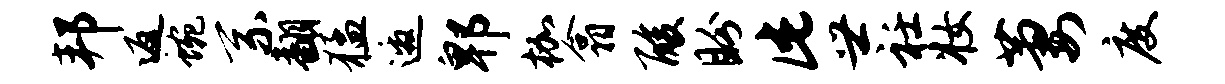
邦返蜿系翻猛邀郫枷翕酸盼此世衽妆萋度